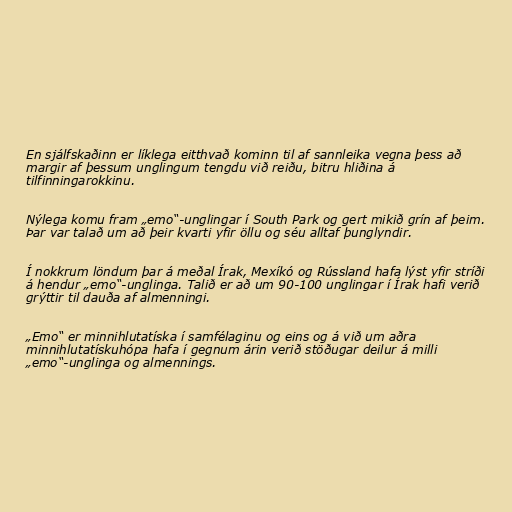
En sjálfskaðinn er líklega eitthvað kominn til af sannleika vegna þess að
margir af þessum unglingum tengdu við reiðu, bitru hliðina á
tilfinningarokkinu.

Nýlega komu fram „emo“-unglingar í South Park og gert mikið grín af þeim.
Þar var talað um að þeir kvarti yfir öllu og séu alltaf þunglyndir.

Í nokkrum löndum þar á meðal Írak, Mexíkó og Rússland hafa lýst yfir stríði
á hendur „emo“-unglinga. Talið er að um 90-100 unglingar í Írak hafi verið
grýttir til dauða af almenningi.

„Emo“ er minnihlutatíska í samfélaginu og eins og á við um aðra
minnihlutatískuhópa hafa í gegnum árin verið stöðugar deilur á milli
„emo“-unglinga og almennings.